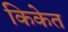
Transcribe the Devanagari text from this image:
किकेत